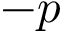
- p